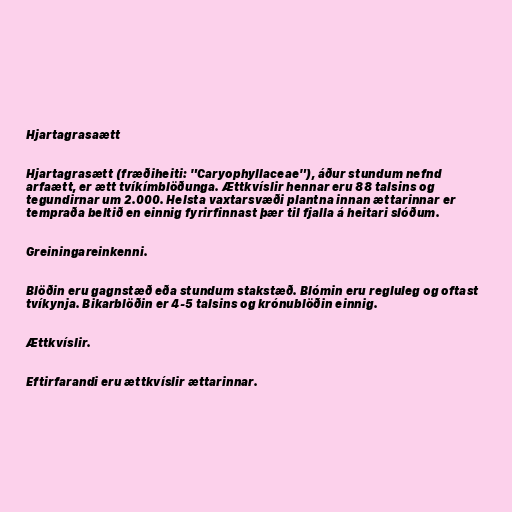
Hjartagrasaætt

Hjartagrasætt (fræðiheiti: "Caryophyllaceae"), áður stundum nefnd
arfaætt, er ætt tvíkímblöðunga. Ættkvíslir hennar eru 88 talsins og
tegundirnar um 2.000. Helsta vaxtarsvæði plantna innan ættarinnar er
tempraða beltið en einnig fyrirfinnast þær til fjalla á heitari slóðum.

Greiningareinkenni.

Blöðin eru gagnstæð eða stundum stakstæð. Blómin eru regluleg og oftast
tvíkynja. Bikarblöðin er 4-5 talsins og krónublöðin einnig.

Ættkvíslir.

Eftirfarandi eru ættkvíslir ættarinnar.